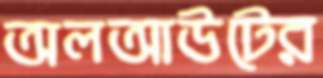
অলআউটের